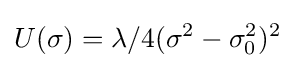
U(\sigma )=\lambda /4(\sigma ^{2}-\sigma _{0}^{2})^{2}